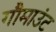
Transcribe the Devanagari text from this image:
गौमाउंट